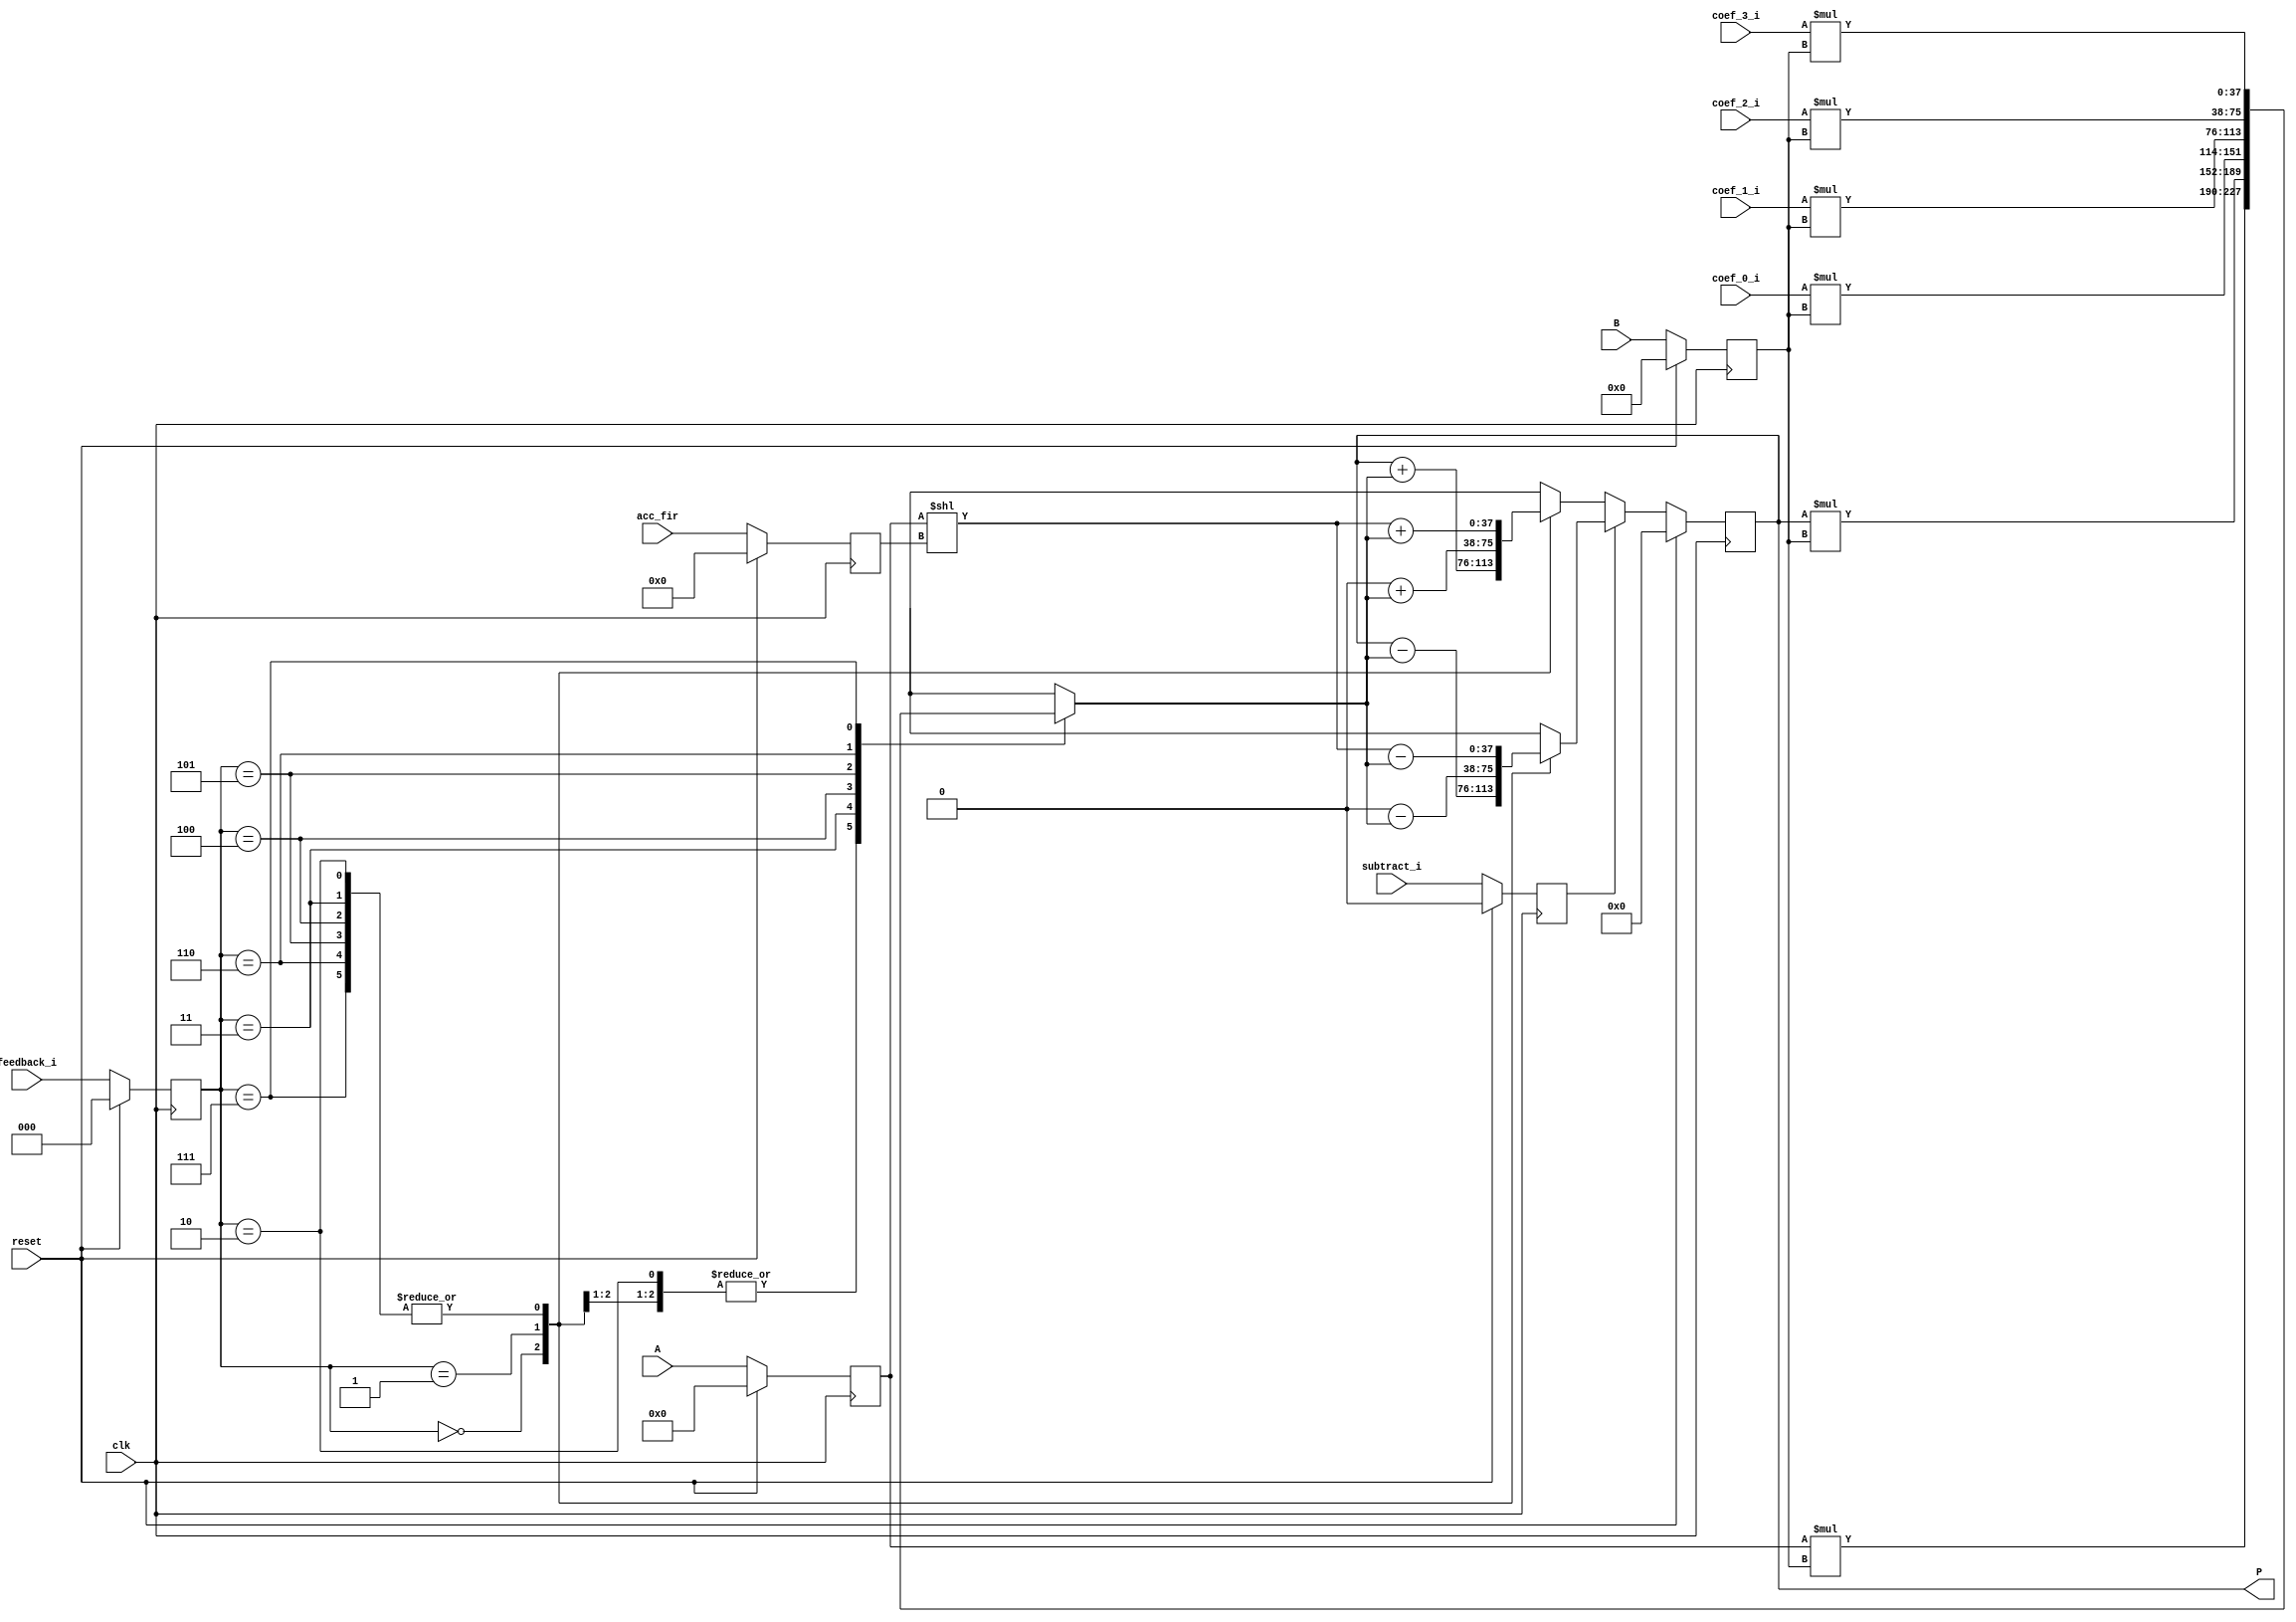
module input_to_adder_and_mul_A_input_wrt_feedback_i (clk, reset, subtract_i,feedback_i, coef_0_i, coef_1_i, coef_2_i, coef_3_i, acc_fir, A, B, P);
	input clk, reset, subtract_i;
	input [2:0] feedback_i;
	input signed [19:0] A, coef_0_i, coef_1_i, coef_2_i, coef_3_i;
	input [3:0] acc_fir;
	input signed [17:0] B;
	output signed [37:0] P;
	reg signed [19:0] i1;
	reg signed [17:0] i2;
	reg [3:0] acc_fir_reg;
	reg subtract_i_reg;
	reg [2:0] feedback_i_reg;
	reg signed [37:0] mul, add_or_sub;
	wire signed [19:0] shift_out;
	always @(posedge clk) begin
		if(reset == 1) begin
			i1 <= 0;
			i2 <= 0;
			subtract_i_reg <= 0;
			feedback_i_reg <= 0;
			acc_fir_reg <= 0;
		end
		else begin
			i1 <= A;
			i2 <= B;
			subtract_i_reg <= subtract_i;
			feedback_i_reg <= feedback_i;
			acc_fir_reg <= acc_fir;
		end
	end

	assign P = add_or_sub;

	always @ (*)  begin
		case (feedback_i_reg)
			3'd0, 3'd1, 3'd2: 
				mul  = i1 * i2;
			3'd3:
				mul  = add_or_sub * i2;
			3'd4:
				mul  = coef_0_i * i2;
			3'd5:
				mul  = coef_1_i * i2;
			3'd6:
				mul  = coef_2_i * i2;
			3'd7:
				mul  = coef_3_i * i2;
			default:
				mul  = i1 * i2;
		endcase
	end
	
assign shift_out = i1 << acc_fir_reg;

	always @(posedge clk)  begin
		if(reset == 1) begin
			add_or_sub <= 0;
		end
		else if (subtract_i_reg) begin
			case (feedback_i_reg)
				3'd0: 
					add_or_sub <= P - mul;
				3'd1 :
					add_or_sub <= 1'b0 - mul;
				3'd2, 3'd3, 3'd4, 3'd5, 3'd6, 3'd7:
					add_or_sub <= shift_out - mul;
				default: 
					add_or_sub <= shift_out - mul;
			endcase
		end
		else begin
			case (feedback_i_reg)
				3'd0: 
					add_or_sub <= P + mul;
				3'd1 :
					add_or_sub <= 1'b0 + mul;
				3'd2, 3'd3, 3'd4, 3'd5, 3'd6, 3'd7:
					add_or_sub <= shift_out + mul;
				default: 
					add_or_sub <= shift_out + mul;
			endcase
		end
	end

endmodule